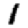
Digit: 1